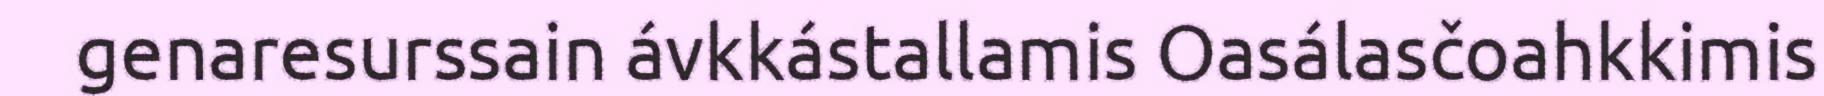
genaresurssain ávkkástallamis Oasálasčoahkkimis